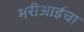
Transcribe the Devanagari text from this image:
मरीआईचा